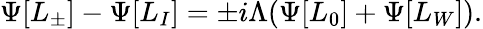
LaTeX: \Psi[L_{\pm}]-\Psi[L_{I}]=\pm i\Lambda(\Psi[L_{0}]+\Psi[L_{W}]).